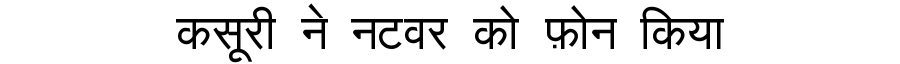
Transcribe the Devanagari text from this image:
कसूरी ने नटवर को फ़ोन किया